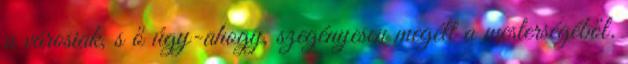
a városiak, s ő úgy-ahogy, szegényesen megélt a mesterségéből.